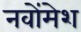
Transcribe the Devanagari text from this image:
नवोंमेश